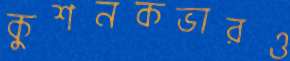
কুশনকভারও